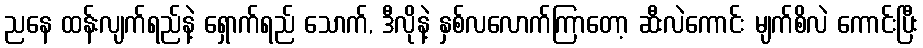
ညနေ ထန်းလျက်ရည်နဲ့ ရှောက်ရည် သောက်, ဒီလိုနဲ့ နှစ်လလောက်ကြာတော့ ဆီးလဲကောင်း မျက်စိလဲ ကောင်းပြီး